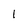
Character: I